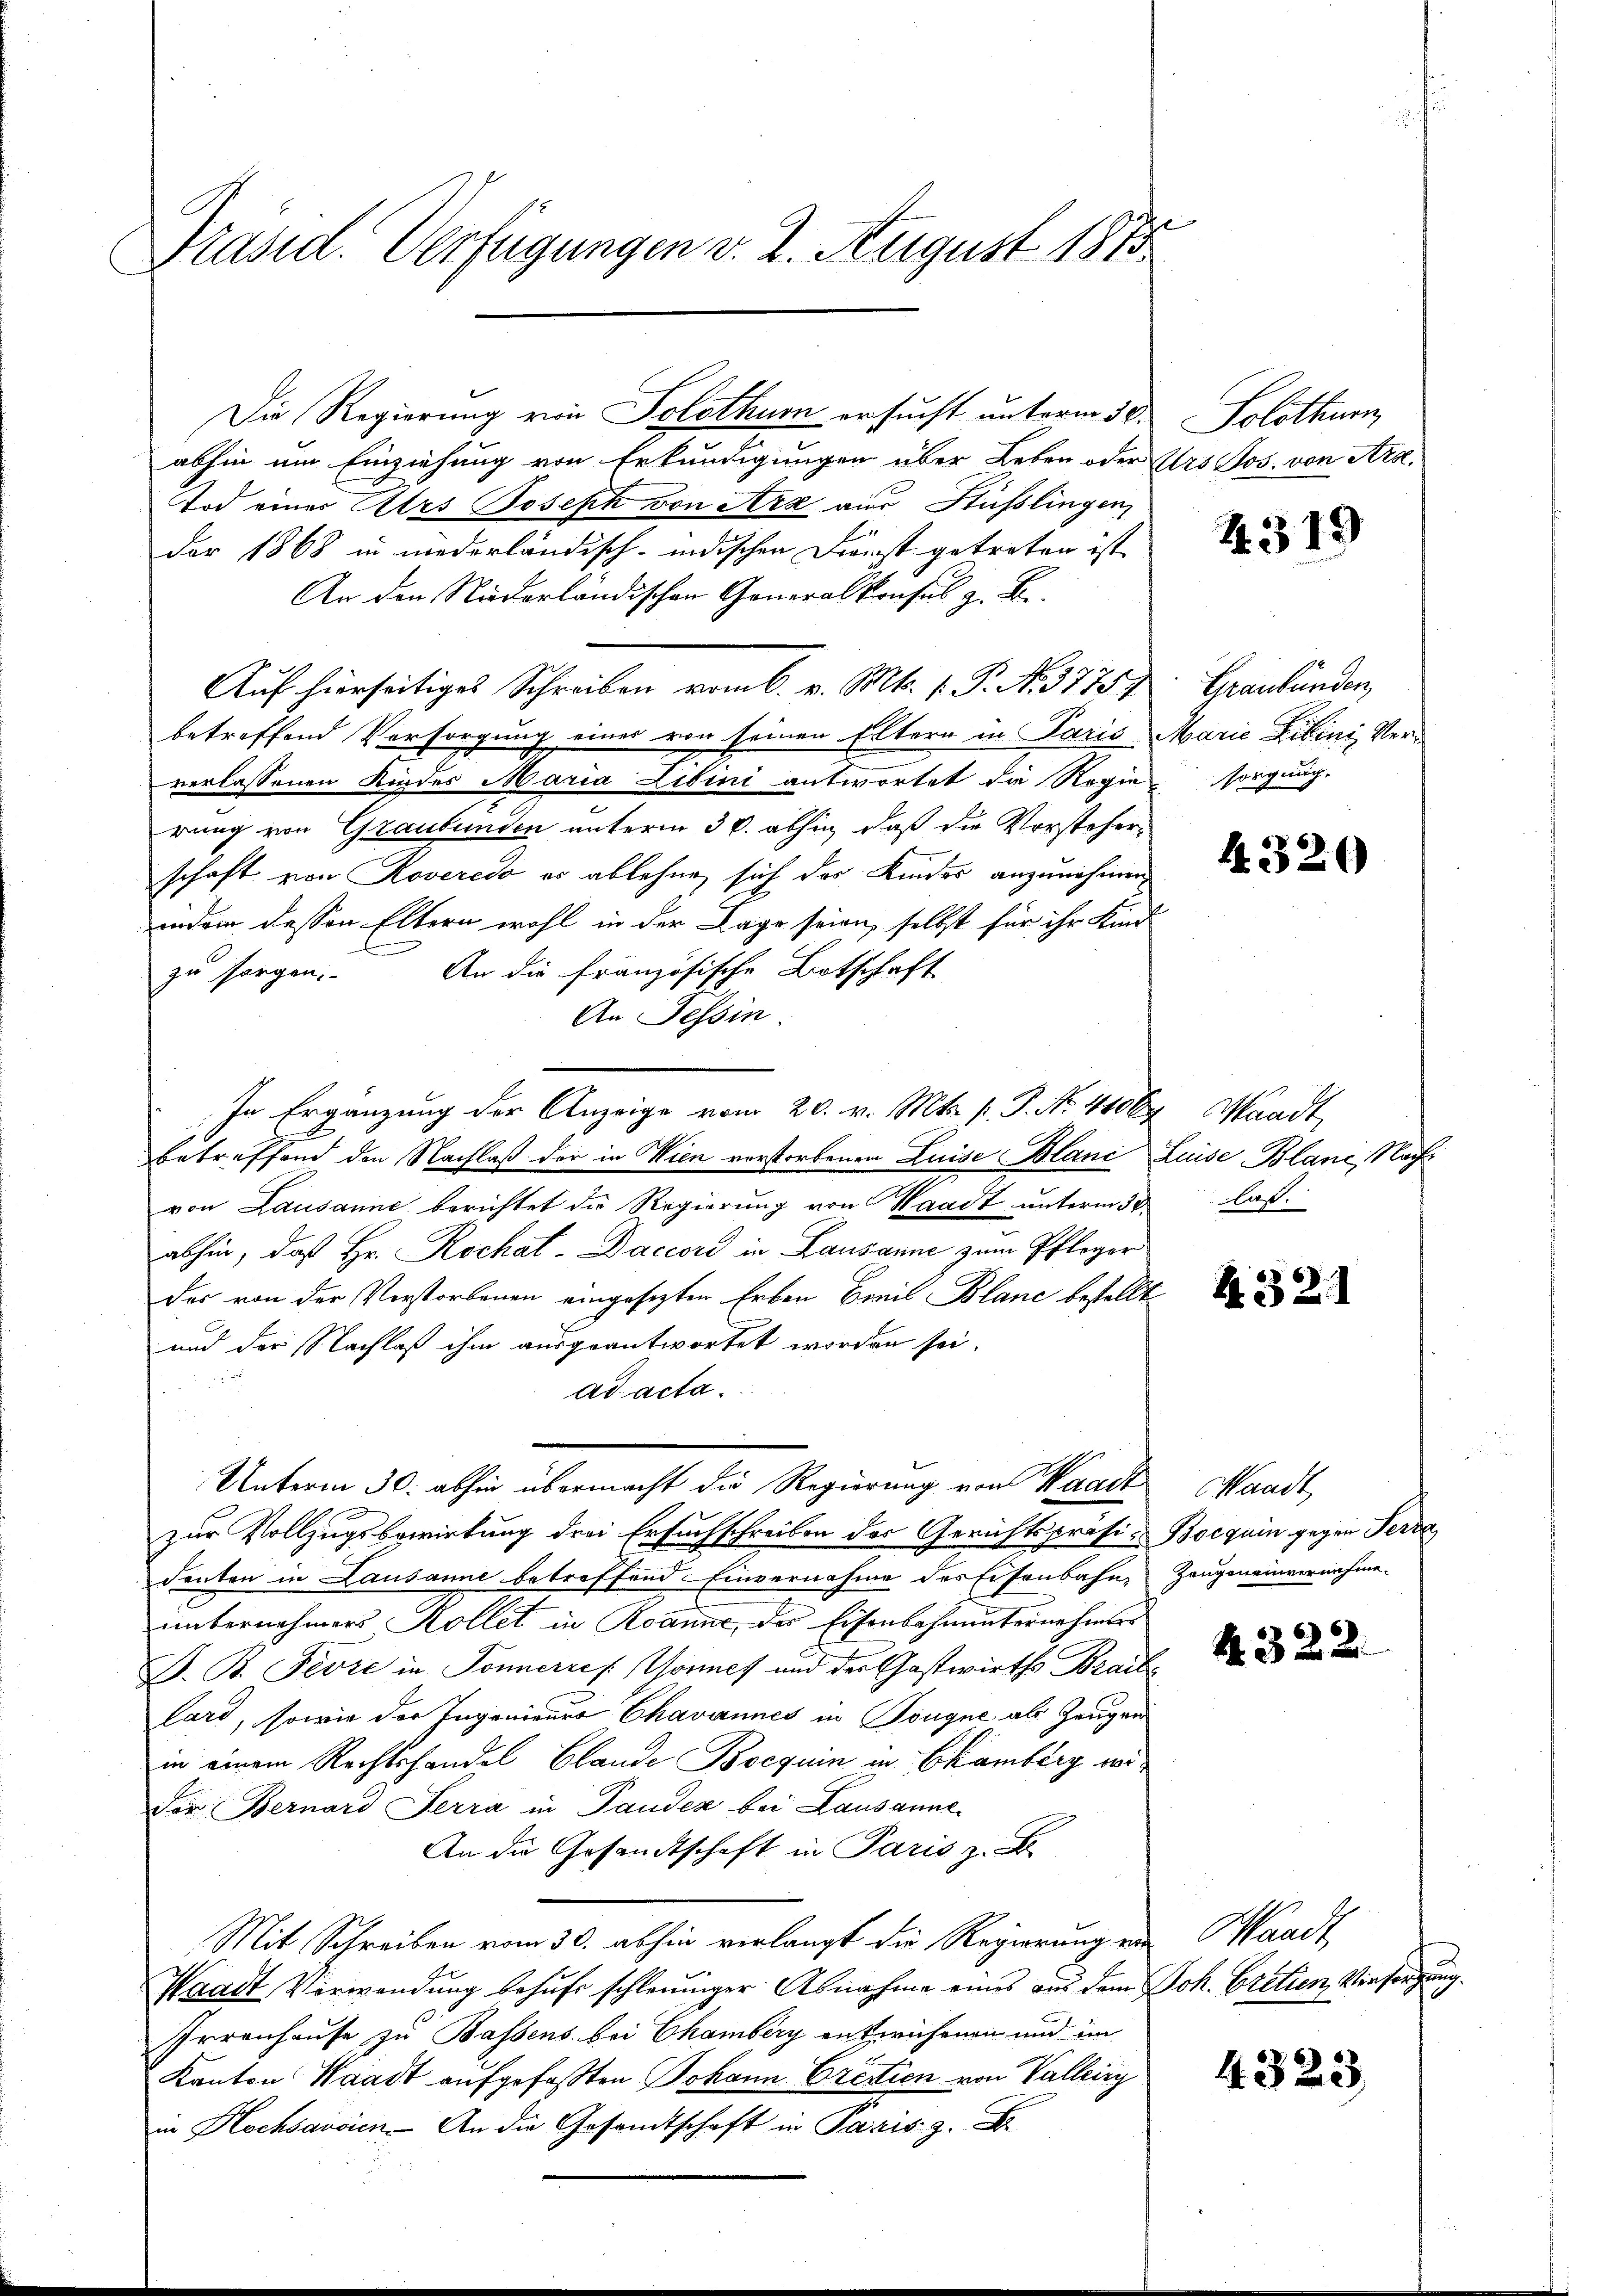
Präsid. Verfügungen v. 2. August 1873.

In Ergänzung der Anzeige vom 20. v. Mts. p. P. No. 44000

Die Regierung von Solothurn ersucht unterm 30.
abhin um Einziehung von Erkundigungen über Leben oder
Tod einer Atrs Joseph von Arz aus Füßlingen
Dar 1868 in niederländisch-indischen Dienst getreten ist |
An den Niderländischen Generalkonsul z. Be-
Auf hierseitiges Schreiben vom 6. v. Mts. 1. P. N. 3775.
betreffend Versorgung eines von seinen Eltern in Paris
verlassenen Kindes Maria Libini antwortet die Regie
rung von Graubünden unterm 30. abhin, daß die Vorsteherschaft von Roveredo es ablehne, sich das Kindes anzunehmen
indem dessen Eltern wohl in der Lage seien, selbst für ihr Kind
.
zu sorgen. An die französische Botschaft
An Tessin.
betreffend den Nachlaß der in Wien vorstorbenen Luise Blanc
von Lausanne berichtet die Regierung von Waadt unterm 30.
abhin, daß Hr. Rochat-Daccord in Lausanne zum Pfleger
des von der Verstorbenen eingesetzten Erben Breil Blanc bestellt
und der Nachlaß ihm ausgeantwortet worden sei.
ad acta.
Unterm 30. abhin übermacht die Regierung von Waadt, Waadt,
zur Vollzugsbewirkung drei Ersuchschreiben des Gerichtspräsi-Boequin gegen Ferd
denten in Lausanne betreffend Einvernahme des Eisenbahn-
unternehmers Kollet in Roanne, das Eisenbahnunternehmers
D. B. Pevre in Sonnerres Gonnef und der Gastwirths Brais
lard, sowie der Ingenieurs Chavannes in Tougne als Zeugen
in einem Rechtshandel Blande Bocquin in Ekamberg widor Bernard Ferra in Panden bei Lausanne
An die Gesandtschaft in Paris z. B.
Mit Schreiben vom 30. abhin verlangt die Regierung ein Waadt,
Waadt Verwendung behufe schleuniger Abnahme eines aus dem Joh. Critien Versorgung.
Irrenhause zu Bassens bei Chamberg entwichenen und im
Kanton Waadt aufgefaßten Johann Crestien von Valleing
in Hochsarien. An die Gesandtschaft in Paris z

Solothur
Urs Jos. von Art.

4319

Graubünden,
Marie Filini Ver¬
Norgung.

s

4.320

" Waadt
Luise Blani, Nachlas.

R. 321

Zeugeneinvernahme.

4. 322.

4323